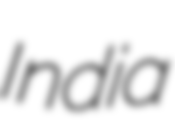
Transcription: India